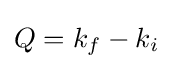
Q=k_{f}-k_{i}